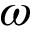
\omega